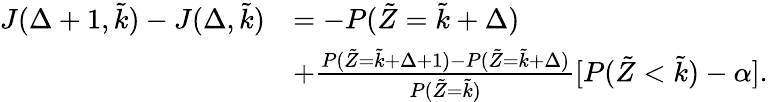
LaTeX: \begin{array}{rl}{J(\Delta+1,\tilde{k})-J(\Delta,\tilde{k})}&{=-P(\tilde{Z}=\tilde{k}+\Delta)}\\ &{+\frac{P(\tilde{Z}=\tilde{k}+\Delta+1)-P(\tilde{Z}=\tilde{k}+\Delta)}{P(\tilde{Z}=\tilde{k})}[P(\tilde{Z}<\tilde{k})-\alpha].}\end{array}